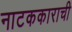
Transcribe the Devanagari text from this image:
नाटककाराची